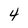
Character: 4